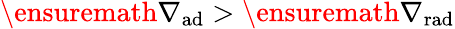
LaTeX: \ensuremath{\nabla_{\mathrm{{ad}}}}>\ensuremath{\nabla_{\mathrm{{rad}}}}